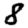
Digit: 8